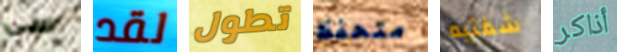
سي لقد تطول متحفظ شفتيه أذاكر